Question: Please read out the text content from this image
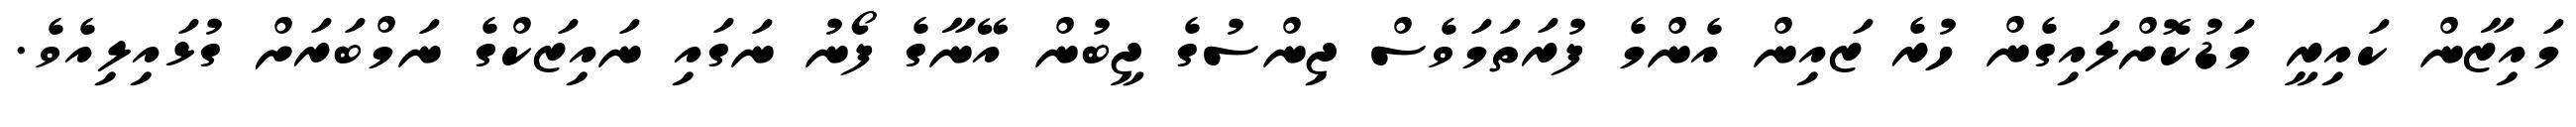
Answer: މައިޒާން ކައިރީ މަޑުކޮށްލައިގެން ހުރެ ޒައިން އެންމެ ފުރަތަމަވެސް ޖިންސުގެ ޖީބުން އޭނާގެ ފޯނު ނަގައި ނައިޒަކްގެ ނަމްބަރަށް ގުޅައިލިއެވެ.